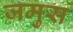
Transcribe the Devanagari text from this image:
जमुस